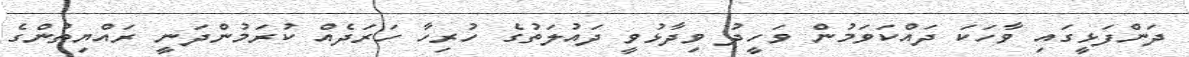
ދަންފަޅީގައި ވާހަކަ ދައްކަވަމުން ވަހީދު ވިދާޅުވީ ދައުލަތުގެ ހުރިހާ ހަރަދެއް ކުރަމުންދަނީ ރައްޔިތުންގެ